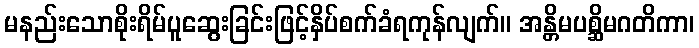
မနည်းသောစိုးရိမ်ပူဆွေးခြင်းဖြင့်နှိပ်စက်ခံရကုန်လျက်။ အန္တိမပစ္ဆိမဂတိကာ၊